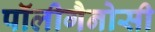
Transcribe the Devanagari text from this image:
पॉलीगैनोसी